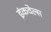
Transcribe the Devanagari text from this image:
इंकवेल्स